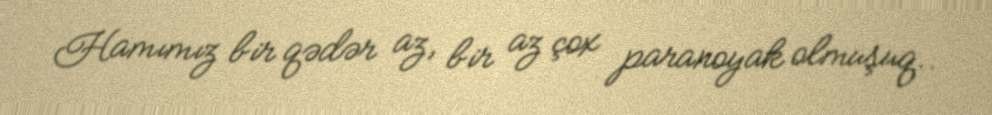
Hamımız bir qədər az, bir az çox paranoyak olmuşuq..